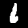
Label: 6